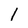
Character: I